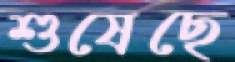
শুষেছে